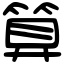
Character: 算